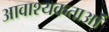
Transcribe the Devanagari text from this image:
आवाश्‍यकताओं